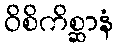
ဝိစိကိစ္ဆာနံ